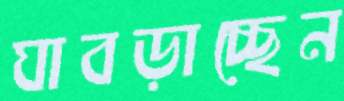
ঘাবড়াচ্ছেন